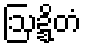
ဩဍ္ဍိတံ